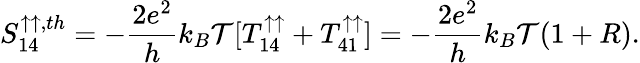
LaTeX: {S_{14}^{\uparrow\uparrow,th}}=-\frac{2e^{2}}{h}k_{B}\mathcal{T}[T_{14}^{\uparrow\uparrow}+T_{41}^{\uparrow\uparrow}]=-\frac{2e^{2}}{h}k_{B}\mathcal{T}(1+R).